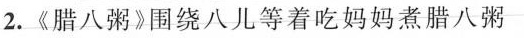
2.《腊八粥》围绕八儿等着吃妈妈煮腊八粥